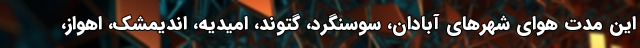
این مدت هوای شهرهای آبادان، سوسنگرد، گتوند، امیدیه، اندیمشک، اهواز،